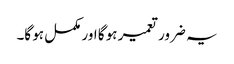
یہ ضرور تعمیر ہو گا اور مکمل ہو گا۔